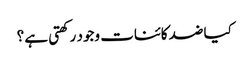
کیا ضد کائنات وجود رکھتی ہے ؟